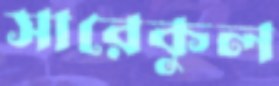
সারেকুল